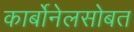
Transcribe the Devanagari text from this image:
कार्बोनेलसोबत